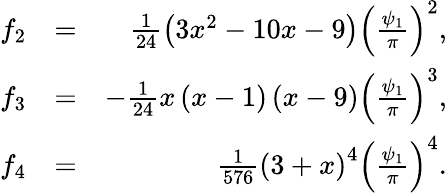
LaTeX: \begin{array}{rlr}{f_{2}}&{=}&{\frac{1}{24}\left(3x^{2}-10x-9\right)\left(\frac{\psi_{1}}{\pi}\right)^{2},}\\ {f_{3}}&{=}&{-\frac{1}{24}x\left(x-1\right)\left(x-9\right)\left(\frac{\psi_{1}}{\pi}\right)^{3},}\\ {f_{4}}&{=}&{\frac{1}{576}\left(3+x\right)^{4}\left(\frac{\psi_{1}}{\pi}\right)^{4}.}\end{array}